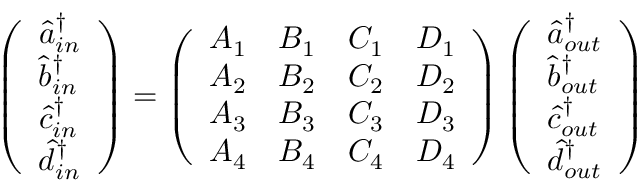
\left( \begin{array} { l } { \hat { a } _ { i n } ^ { \dagger } } \\ { \hat { b } _ { i n } ^ { \dagger } } \\ { \hat { c } _ { i n } ^ { \dagger } } \\ { \hat { d } _ { i n } ^ { \dagger } } \end{array} \right) = \left( \begin{array} { l l l l } { A _ { 1 } } & { B _ { 1 } } & { C _ { 1 } } & { D _ { 1 } } \\ { A _ { 2 } } & { B _ { 2 } } & { C _ { 2 } } & { D _ { 2 } } \\ { A _ { 3 } } & { B _ { 3 } } & { C _ { 3 } } & { D _ { 3 } } \\ { A _ { 4 } } & { B _ { 4 } } & { C _ { 4 } } & { D _ { 4 } } \end{array} \right) \left( \begin{array} { l } { \hat { a } _ { o u t } ^ { \dagger } } \\ { \hat { b } _ { o u t } ^ { \dagger } } \\ { \hat { c } _ { o u t } ^ { \dagger } } \\ { \hat { d } _ { o u t } ^ { \dagger } } \end{array} \right)